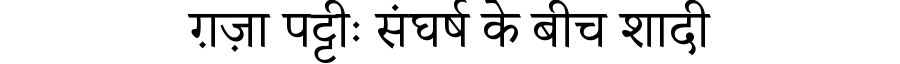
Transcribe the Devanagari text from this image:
ग़ज़ा पट्टीः संघर्ष के बीच शादी